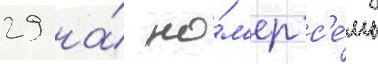
29 на́ но́м'ер с'е́мь